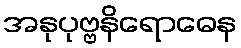
အနုပုဗ္ဗနိရောဓေန